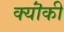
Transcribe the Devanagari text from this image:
क्यॊंकी